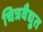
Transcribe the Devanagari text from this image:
चित्रवैद्युत